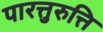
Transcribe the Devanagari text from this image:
पारत्तुरुत्ति